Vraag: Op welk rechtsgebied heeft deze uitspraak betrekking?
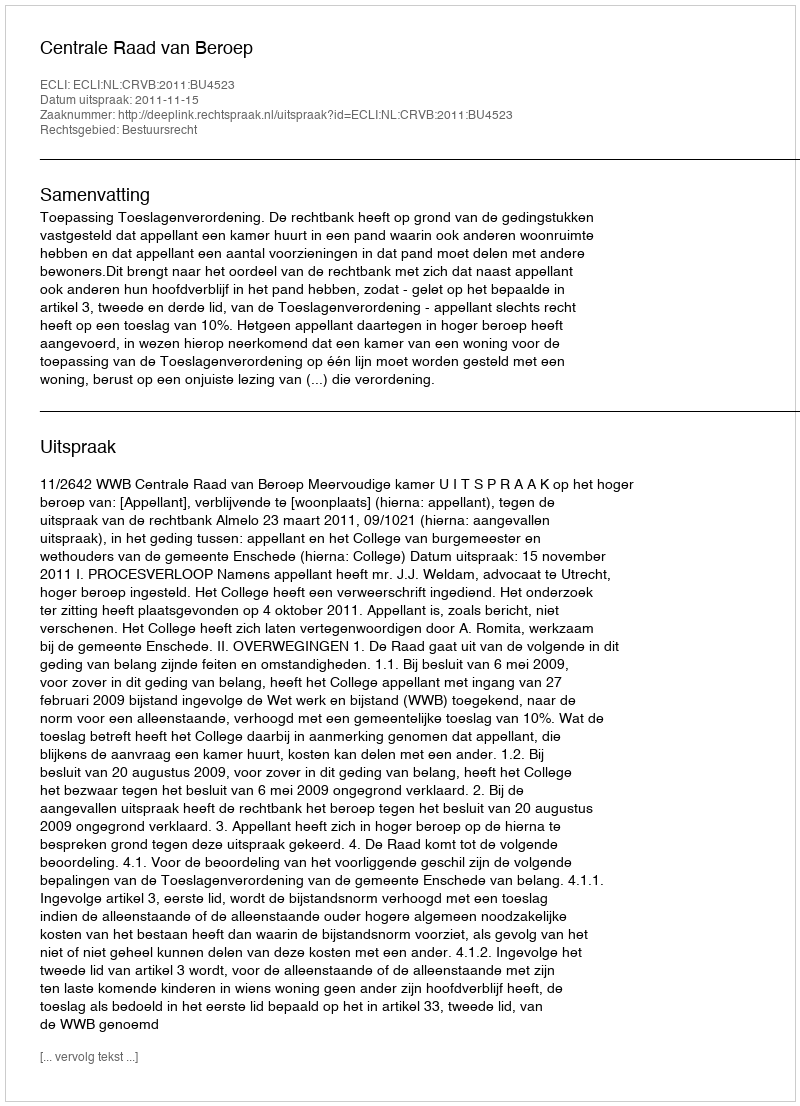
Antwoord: Bestuursrecht